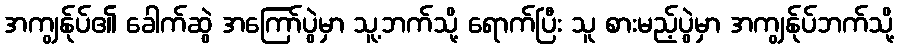
အကျွန်ုပ်၏ ခေါက်ဆွဲ အကြော်ပွဲမှာ သူ့ဘက်သို့ ရောက်ပြီး သူ စားမည့်ပွဲမှာ အကျွန်ုပ်ဘက်သို့